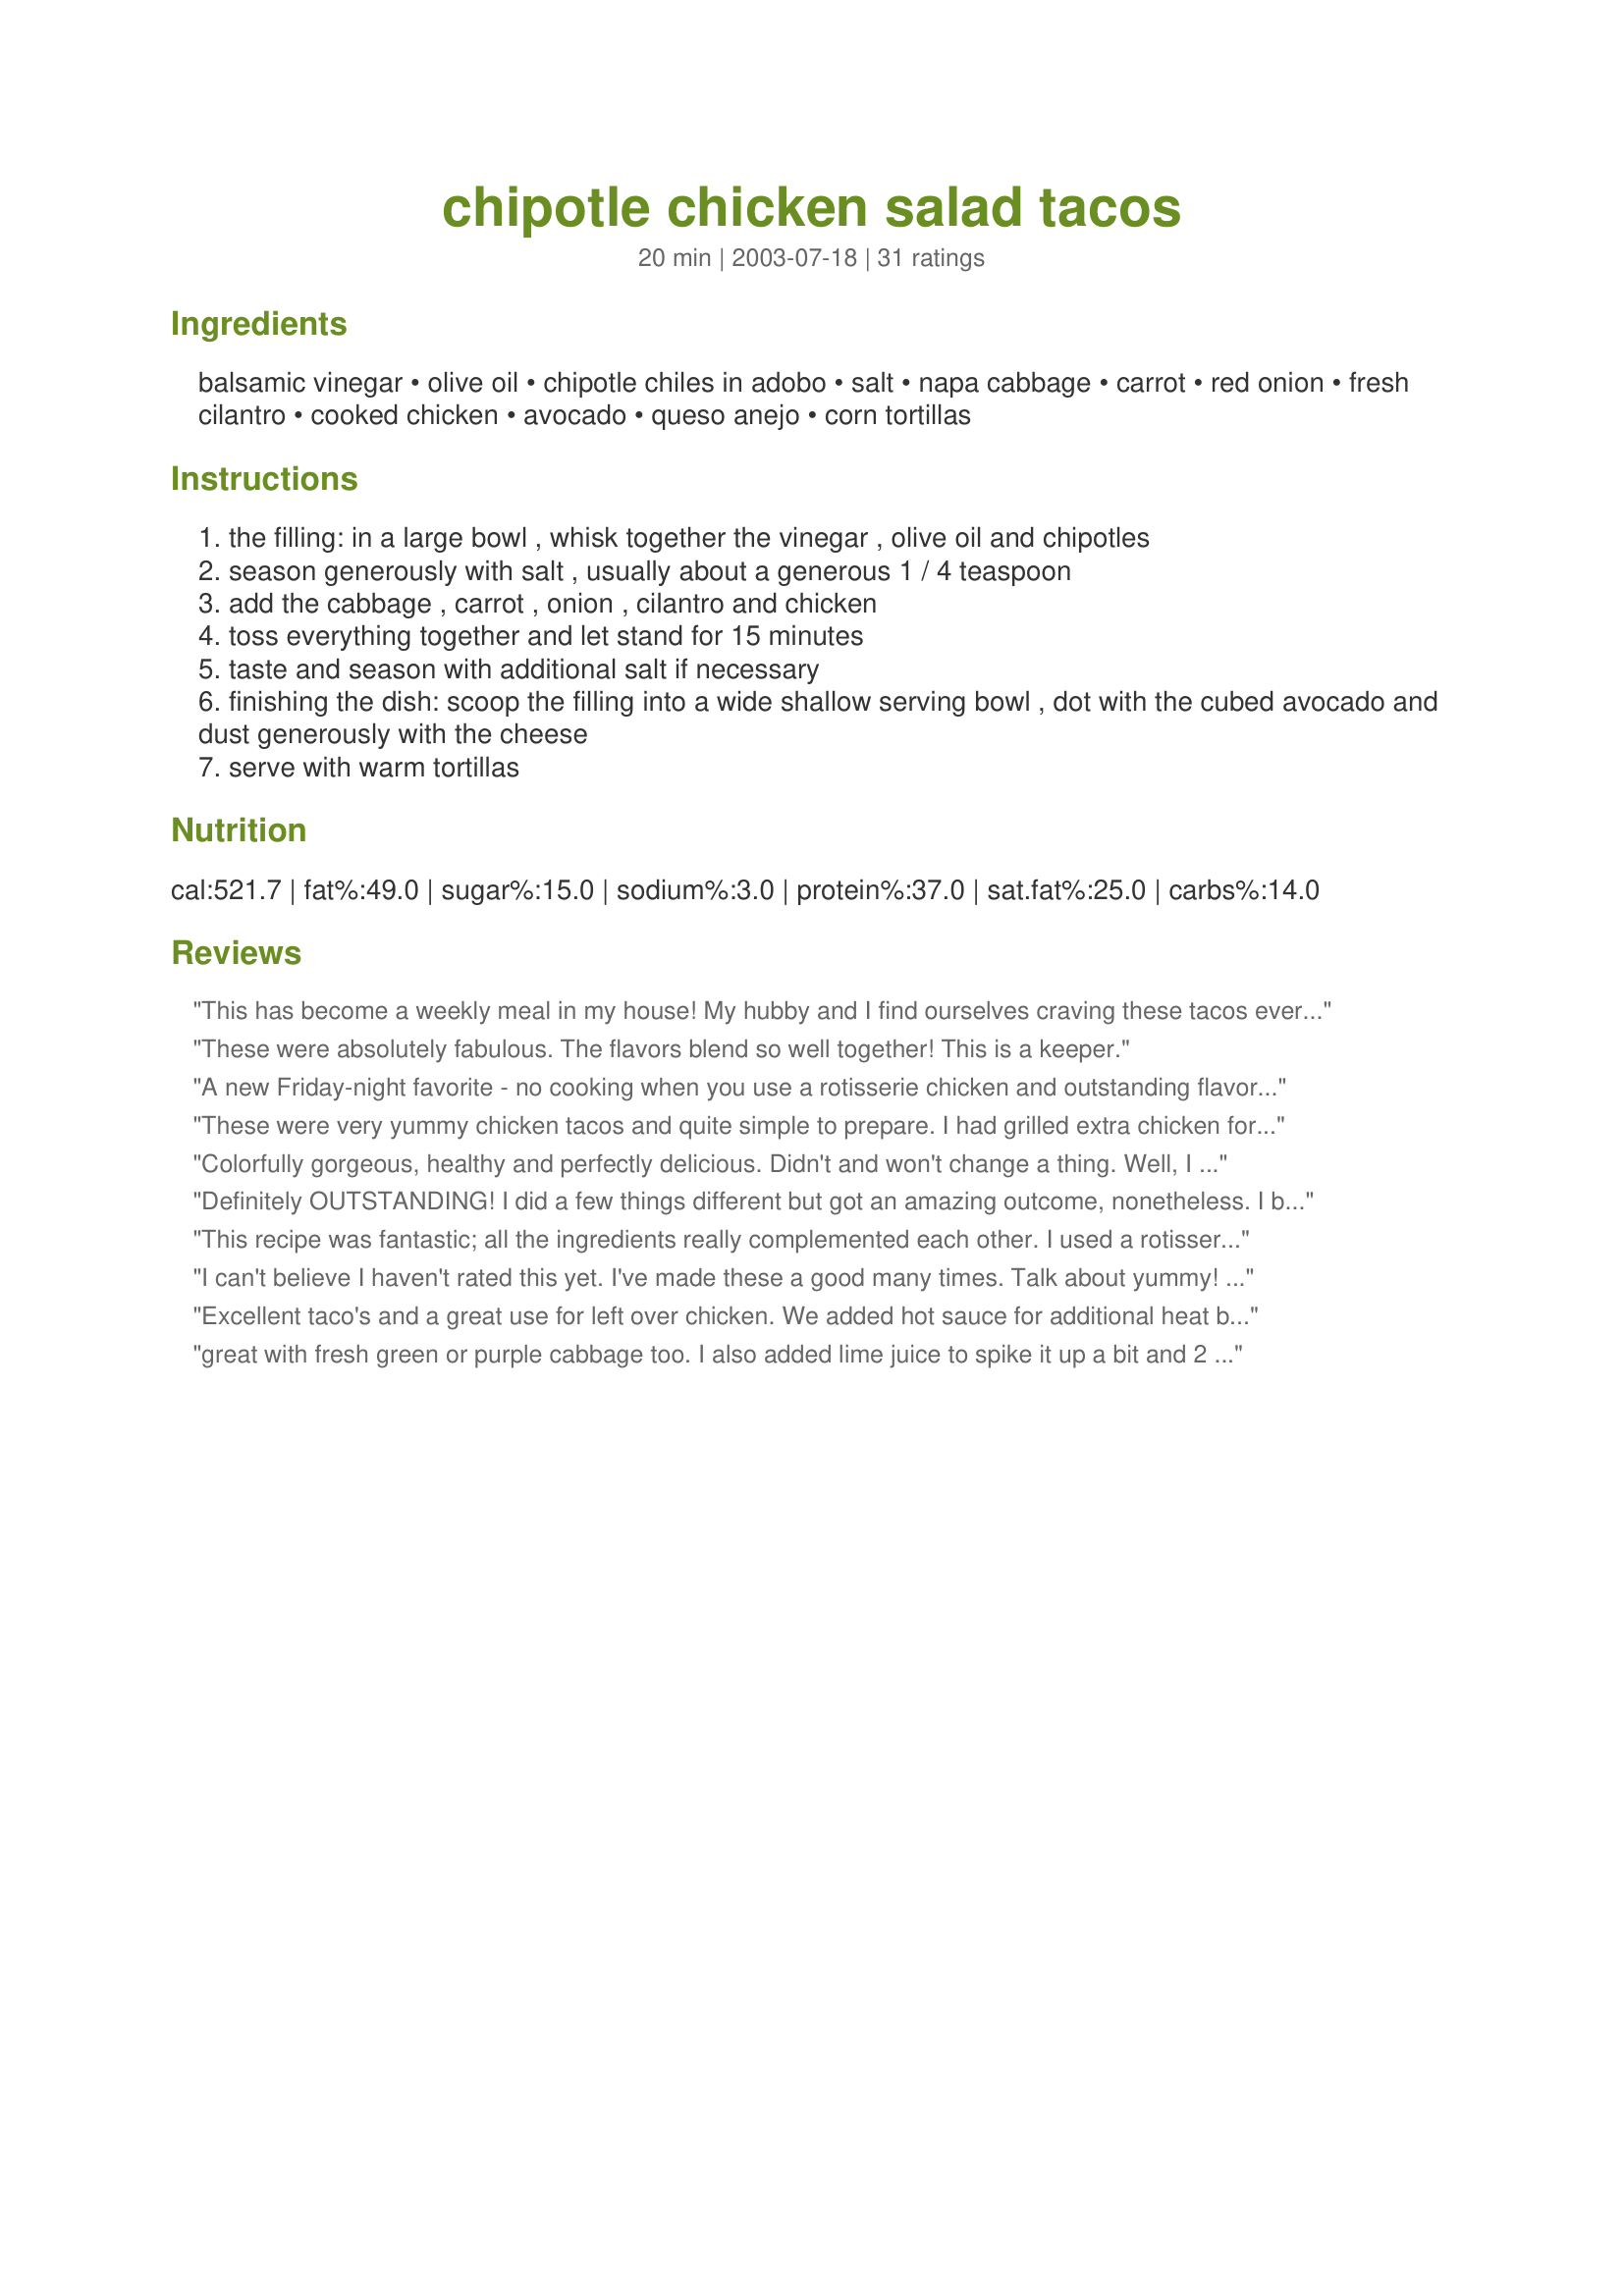
chipotle chicken salad tacos
Preparation time: 20 minutes

Ingredients:
balsamic vinegar, olive oil, chipotle chiles in adobo, salt, napa cabbage, carrot, red onion, fresh cilantro, cooked chicken, avocado, queso anejo, corn tortillas

Steps:
the filling: in a large bowl , whisk together the vinegar , olive oil and chipotles
season generously with salt , usually about a generous 1 / 4 teaspoon
add the cabbage , carrot , onion , cilantro and chicken
toss everything together and let stand for 15 minutes
taste and season with additional salt if necessary
finishing the dish: scoop the filling into a wide shallow serving bowl , dot with the cubed avocado and dust generously with the cheese
serve with warm tortillas

Reviews:
This has become a weekly meal in my house! My hubby and I find ourselves craving these tacos every Friday night! Very easy to make and totally satisfies my mexican food addiction. Defiantly one of the BEST recipes on Zarr. Thank you Kirstin a thousand times for posting this YUMMY dish!
These were absolutely fabulous. The flavors blend so well together! This is a keeper.
A new Friday-night favorite - no cooking when you use a rotisserie chicken and outstanding flavor and texture.
These were very yummy chicken tacos and quite simple to prepare. I had grilled extra chicken for a previous meal (with this recipe in mind). Today, I only had to shred it, chop the veggies, and prepare the dressing. I could only find queso fresca at the store, and we crumbled it liberally on the tacos. The diced avocado provided a creamy contrast to the crisp veggies and heat of the chipotles. The blend of flavors was perfect.
Colorfully gorgeous, healthy and perfectly delicious. Didn't and won't change a thing. Well, I guess we did have some mango salsa on hand and it added to the specialness.
Definitely OUTSTANDING! I did a few things different but got an amazing outcome, nonetheless. I browned and drained 1 lb of ground turkey and let it cool slightly before mixing in the dressing and vegetables. Also, I probably at least doubled the dressing (with a bit less oil) because I had way more than 1 1/2 cups of meat. And I grated the carrot instead of dicing it. I forgot to get some hard cheese as suggested, so I just served it with some sharp cheddar. Ok, whew, now that I've listed all my changes, let me tell you how yummy they were! At first I was afraid that they were a little spicy (Oh! I used about 2 chipotles + about 1 Tblsp of the adobo sauce) but when combined with the veggies and nestled into a warm corn tortilla with the avocado....oh, they were yummy smoky heaven. My DH and FIL said they were definitely 5 stars and that they should be on my mythical restaurant menu. I won't even tell you how many I actually ate, but suffice it to say, I COULDN'T STOP EATING THEM. Ok, I eventually did, but I ate way more than usual! Needless to say, I will be making these again and again. What a delicious change from the usual boring taco dinner! Thanks Kirsten for a really delicious dinner. Updated 8/26/07: The 2nd time I made these I added in a couple Tblsp of tomato paste with the vinegar, oil & chipotles and that just rounded out the flavor and took it to a whole new level. (I doubled the other ingredients, except for the chipotles.) What was an incredible recipe to begin with is now akin to gastronomic nirvana.
This recipe was fantastic; all the ingredients really complemented each other. I used a rotisserie chicken, store bought shredded carrots and Queso Seco (this cheese is a little salty, so I did not add salt to the dressing). I am going on a girl's weekend and I'm bringing this dish to make!
I can't believe I haven't rated this yet. I've made these a good many times. Talk about yummy! I use the leftover's from the Roast "Sticky" Chicken found on this site (can't seem to locate the recipe number), which adds a fabulous flavor to the chicken. I also grate the carrots rather than cut them into small pieces (at the request of my denture-wearing neighbor pal who eats here often). Truly great tacos! So glad to have bumped into this recipe. :)
Excellent taco's and a great use for left over chicken. We added hot sauce for additional heat but everything else as written. I especially enjoyed the cabbage. It provided wonderful texture. This is a recipe I would serve to others and know it would be received with joy! Thank you for a wonderful recipe.
great with fresh green or purple cabbage too. I also added lime juice to spike it up a bit and 2 more chipotles ... yummy!
I've come to expect my favorite recipes to come from you Mean Chef, and this one is no letdown! I made this for a little gathering at my house and all of the adults loved it! I had never had Napa cabbage before...I really enjoyed it. The flavor of the vinaigrette was fantastic! Thanks for another winner Mean Chef!
I made this last night with a Costco chicken. This is delicious! My husband swooned over these tacos. I must admit I was a little skeptical about the balsamic and O.O. in the dressing, but lordy, lordy! I used Cojito cheese because that's what was available. These could not be better!
I made this for a girls night in and TOTALLY screwed it up! I misunderstood the directions and used TWO CANS of chipotle chiles (including the seeds) instead of two chiles. OH MY GOSH, they were so hot we could hardly eat them, but we loaded up on the marguritas and managed to eat them anyway. Well, I got many phone calls the next day with annoyed friends who were having...lets just say: stomache issues.
Never one to give up I made them again tonight using the correct ingredients and they were AMAZING.
These were so good and came together so easily. I wasn't sure if they were supposed to be served warm or not but choose to warm up my leftover grilled chicken before marinating. So everything was served barely warmish with warm corn tortillas. I will definitly make these again and again - so easy and yummy!
Mean Chef, you did not lead me astray! These were fabulous! The only thing I did different was I cut up the raw chicken first and sauteed in a frying pan. Can't wait to try it with grilled chicken! Thanks!!!!
Very very good. DH loved them. Thank you
The other reviewers are dead on with this recipe. It is one scrumptious taco recipe. It has a variety of flavors, yet is not too hard to make. There is some chopping, but if you use a food processor it goes by quickly. Also, I used the crockpot chicken taco meat from recipe #4957. I am really glad I found this recipe and intend on making it again. Kristin, thanks so much.
WOW! DH and I loved this dish. I used a bit less olive oil because I ran out, but it didn't seem to make a difference. *However* this recipe is a masterpiece and I would not omit or substitute a single ingredient!! Even if y'all think you don't like napa cabbage or carrots in a taco, give it a shot. It's crazy how good this is. THANK YOU, KRISTIN!
UPDATE:
We made it a second time with the correct amount of olive oil and both decided that it was too much! Next time I will cut the amount by half and I think that will be perfect.
SOOOO GOOD!!!!! I actually changed it a bit though, to our tastes and what we liked. I didn't use the carrot, cabbage or avocado (my husband doesn't like avocado). I cooked some chicken in the microwave, shredded it by using two forks. With the chicken I mixed balsamic vinegar, ONE chipotle chili, olive oil, salt, red onion, fresh cilantro and I added lemon juice and diced tomatoes. I let it marinate for about two hours. Then I heated up a pan, threw the mixture in and heated it up. We used soft flour tortilla and I also tried it like a lettuce wrap. We added some cheese and sour cream on top and it was excellent!!! AWESOME TACOS!!!! Our new favorite!
I love this dish! I didn't have cabbage, and though I think it would taste great, I didn't miss anything in the final dish. The onions were the perfect crisp, and all the flavors were wonderful! I had some leftover roasted chickens, and I cooked extra breast meat and peeled it all up together. My family thought it so wonderful they ate the filling by itself as well as with a tortilla! I made sure to be a bit generous with the soy sauce and olive oil - overall a definite make again.
Oh. My. Gosh. This was so delicious! I don't write a lot of reviews, but I felt compelled to tell everyone to try this recipe! It was a bit labor intensive for me - all the shredding, slicing and chopping. I think next time I'll use my mandolin to help out instead of slicing and chopping with a knife. I bought a rotisserie chicken and pulled the meat off and shredded it so that took some time, but boy did it make the salad tasty! We skipped the tortillas and ate this as an entree salad. Every bite is a mouthful of burstful flavor! I can't wait to have my leftovers! Good thing is - the longer it sits, the better it tastes! Yum!!
YUM! Was this ever good stuff! The flavors and textures blended perfectly with the chipotle and avocado; then the crunch of the cabbage and onion.
I used a rotisserie chicken from the grocery, which made the recipe even easier and faster. The grocery had only one wilted Napa cabbage the size of a hamster, so I substituted a package of pre-shredded angel hair cabbage for cole slaw. 
I chose Manchego cheese, which worked perfectly. This recipe will definitely go in my favorites folder.
Very tasty and unique. Used a rotisserie chicken from the grocery store -- makes this a great no cook meal ideal for hot weather. Loved the crisp cabbage in this and the chipotle did not make this too hot at all. This is also great on its own as a salad -- no tortilla required. ;)
We had this for dinner tonight and it was delish! Wonderful flavors. Thank you for sharing, my family and I enjoyed it very much!
Fantastic, different tacos. I would have never thought to have used napa cabbage and carrots, but it definitely worked. I roasted a whole bone in/skin on breast the night before which made this really quick to put together. I realized too late that I only had a few drops of balsamic vinegar left so I used red wine vinegar and 1/4 c of olive oil. I also had to use parmesan coarsely grated bc lack of Mexican cheeses in my market. I will definitely be making these again and I hope to make my own tortillas to showcase the full fresh flavor on these. DH loved these and loved the fresh taste!
Fabulous! I used finely shredded lettuce, as DH won't touch cabbage. I had some leftover chicken breasts that I wanted to use up, so I marinated them in a sour cream and chipotle mix, then broiled and sliced. The combination of flavors in the filling is just outstanding. We loved these, will make again. Thanks!
Yum! The entire family inhaled these tacos and my husband could not stop talking about them. The filling, sprinkled with avocado pieces and cheese, could esily stand alone as a salad for a BBQ or potluck. I have to agree with FLYing4Me, you never lead me astray! Great recipe; keep them coming!!
My friend requested we leave the carrots out in this, so I was worried it might turn out tasting odd, but my dad said this was the best chicken salad he'd ever had! I don't eat chicken salad often, but this is good!
I made exactly per the instructions--very tasty but I think next time I'll use red wine vinegar and another chile. Thanks for something different!
This went together fast with the purchase of a coleslaw (preshredded) package that included carrots. I even had leftovers for lunch the next day and, though the cabbage was a little soggy, it was still really good!
Absolutely outstanding. I used leftover pan-roasted chicken breasts from the previous night's meal, and these came together quickly. I left out the carrot, but otherwise followed it exactly. Crunchy, not too spicy, full of flavor, and I love the soft mellowness of the avocado with this. My DH, who is stingy with 'star' ratings, gave this a 10! Excellent, easy summer meal.
